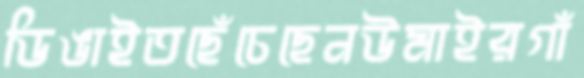
ডিঙাইতছেঁচেছেনউমাইরগাঁ